Source: Computer-generated
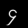
Digit: ၄ (4)